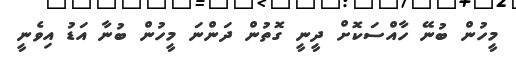
މީހުން ބުނޭ ހާއްސަކޮށް ދީނީ ގޮތުން ދަންނަ މީހުން ބުނާ އަޑު އިވެނީ